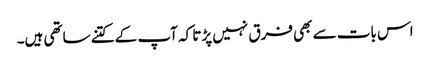
اس بات سے بھی فرق نہیں پڑتا کہ آپ کے کتنے ساتھی ہیں۔